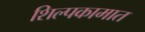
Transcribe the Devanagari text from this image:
शिल्पकामात